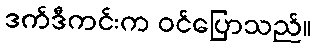
ဒက်ဒီကင်းက ဝင်ပြောသည်။